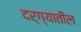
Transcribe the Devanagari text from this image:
दर्ग्यातील